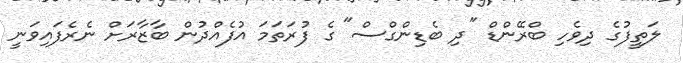
ލަތީފުގެ ދިވެހި ބްރޭންޑް "ދި ބެޑިންގްސް" ގެ ފުރަތަމަ އުފެއްދުން ބާޒާރަށް ނެރެފައިވަނީ